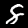
Label: 8